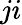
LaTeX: ji